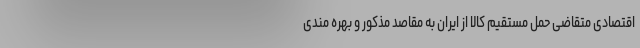
اقتصادی متقاضی حمل مستقیم کالا از ایران به مقاصد مذکور و بهره مندی